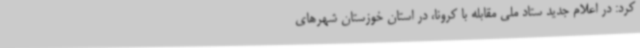
کرد: در اعلام جدید ستاد ملی مقابله با کرونا، در استان خوزستان شهرهای